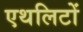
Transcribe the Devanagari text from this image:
एथलिटों